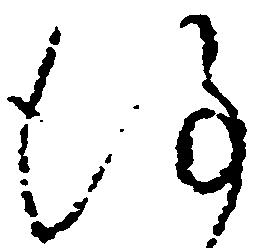
謹